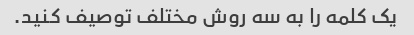
یک کلمه را به سه روش مختلف توصیف کنید.